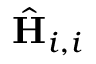
\hat { \mathbf { H } } _ { i , i }